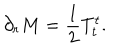
LaTeX: \partial _ { r } M = { \frac { 1 } { 2 } } T _ { t } ^ { t } .